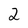
Character: 2